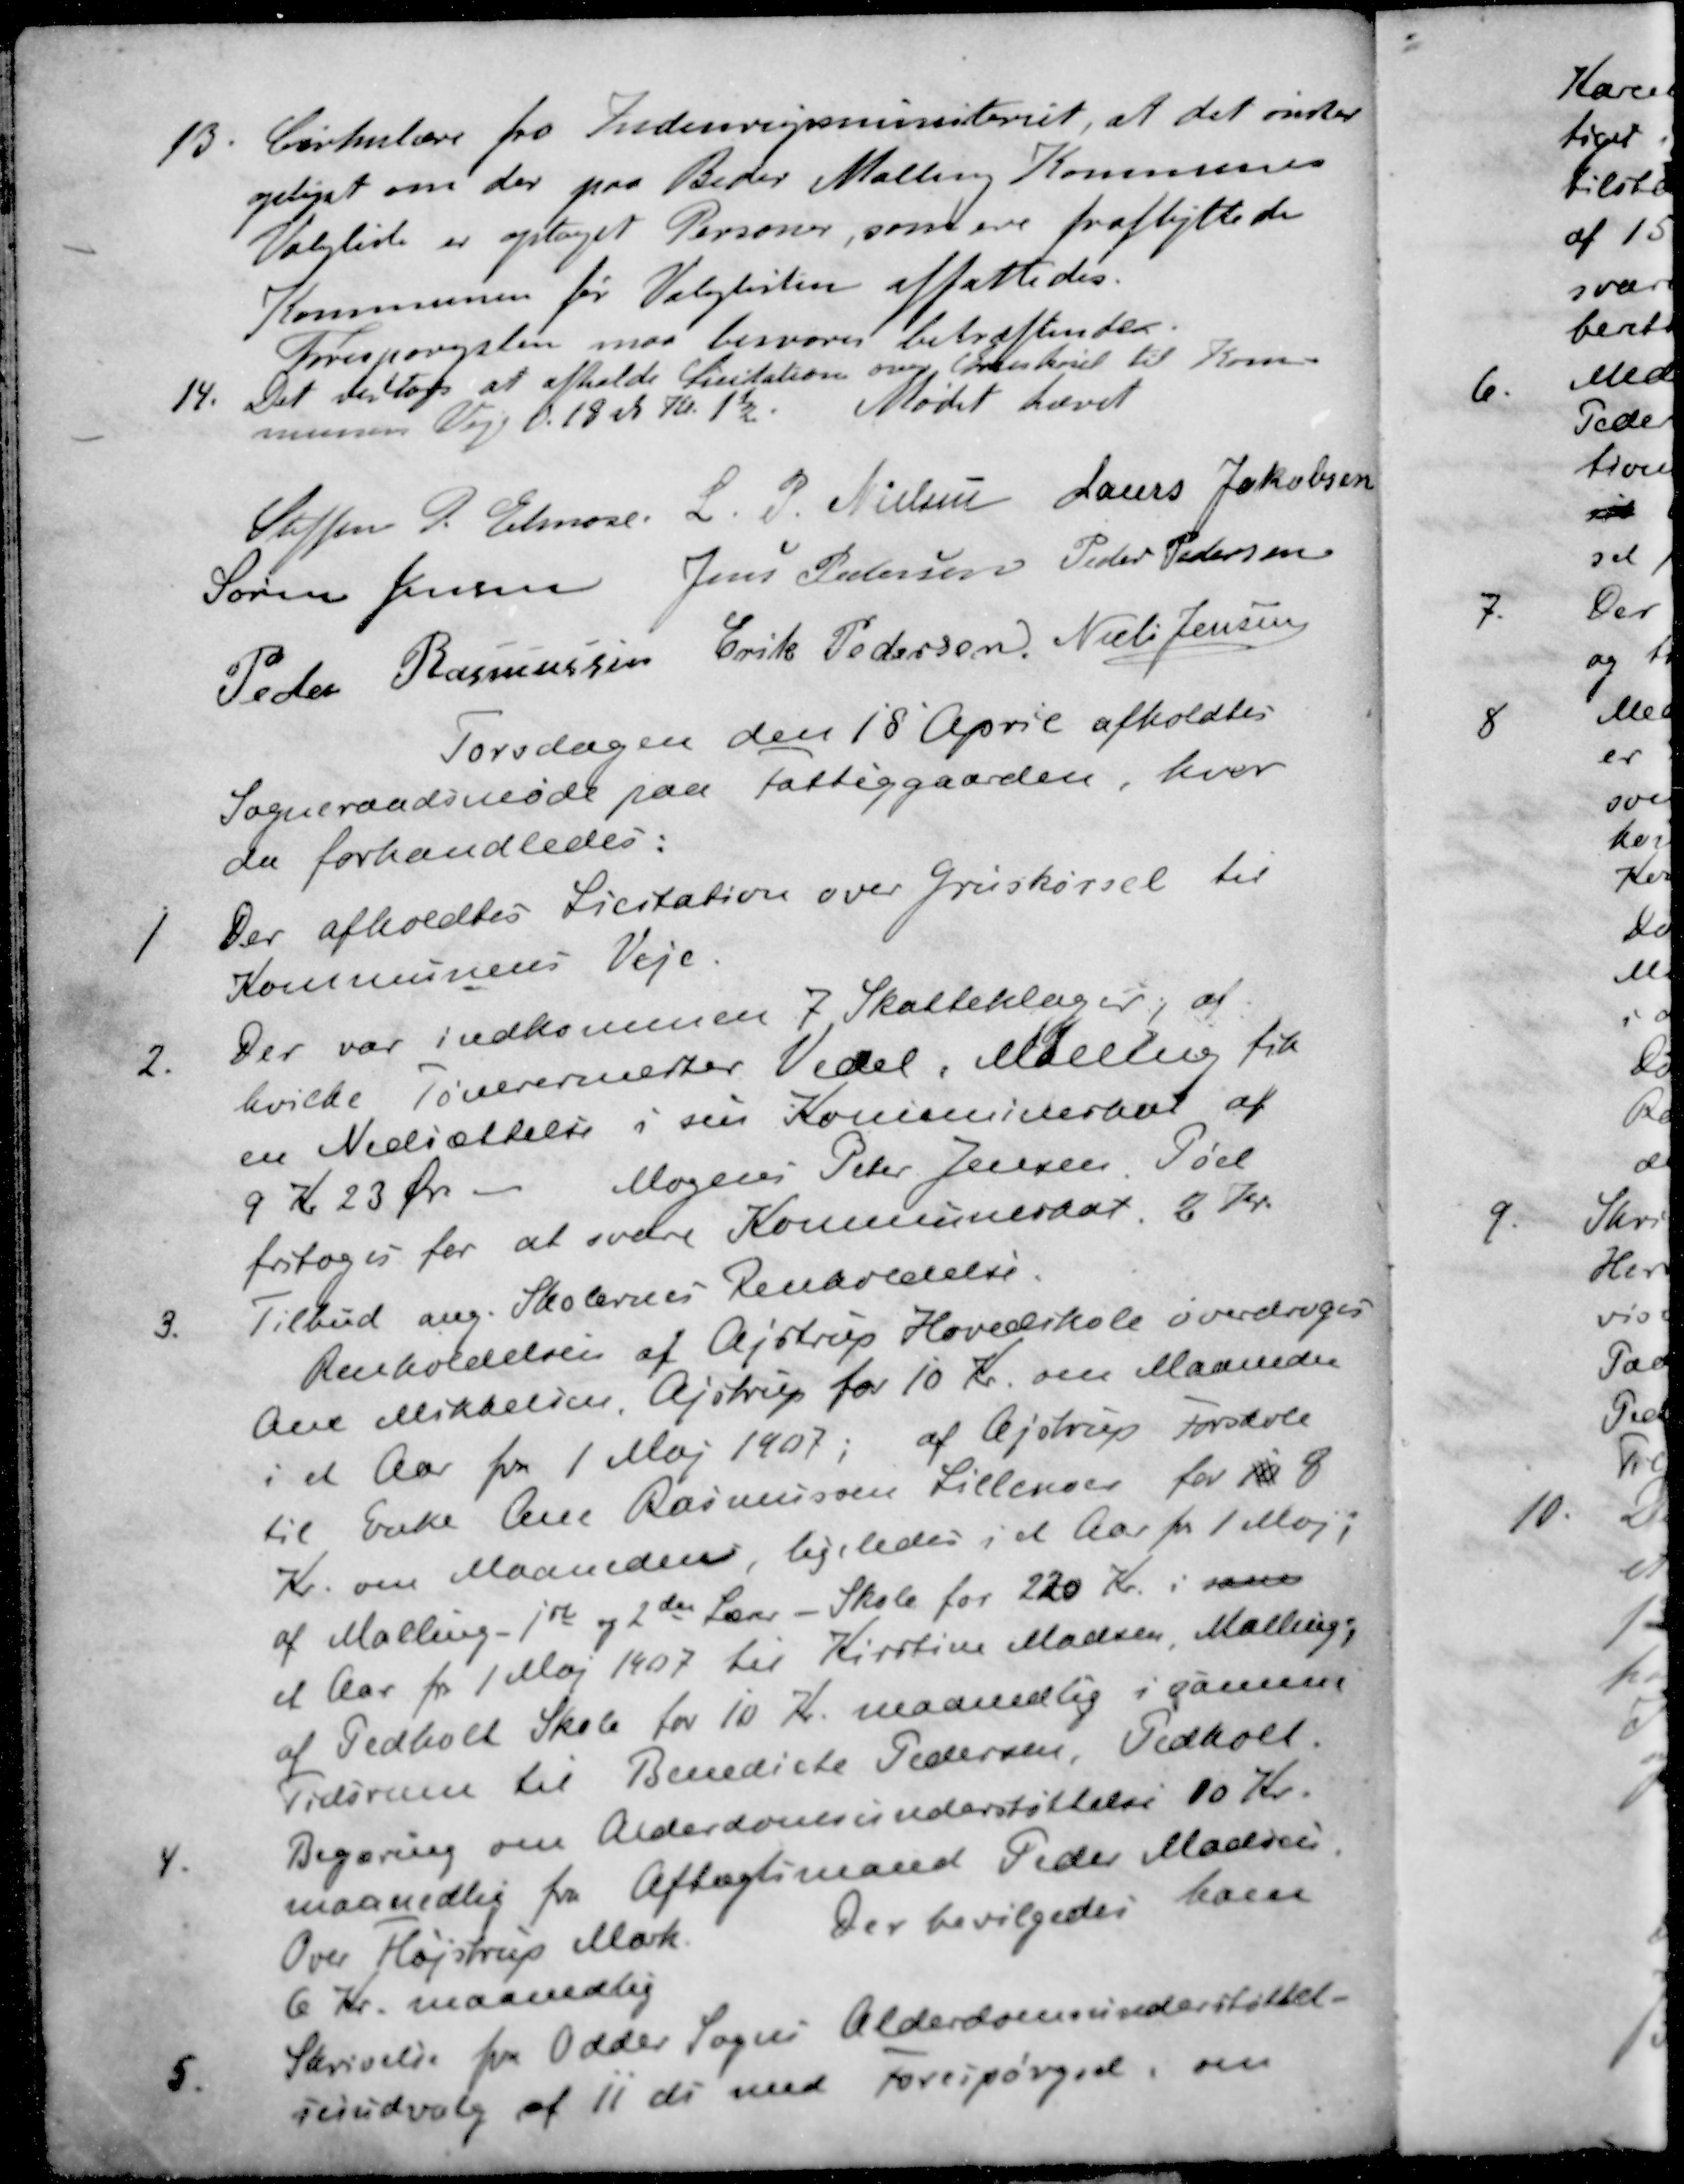
Transskription:
13. Cirkulære fra Indenrigsministeriet, at det ønsker
oplyst om der paa Beder Malling Kommunes
Valgliste er optaget Personer, som ere fraflyttede
Kommunen før Valglisten affattedes.
Forespørgslen maa besvares bekræftende
14. Det vedtoges at afholde Licitation over Gruskørsel til Kom-
munens Veje d. 18 ds Kl. 1½. Mødet hævet
Steffen P. Elmose
L. P. Nielsen
Laurs Jakobsen
Søren Jensen
Jens Pedersen
Peder Pedersen
Peder Rasmussen
Erik Pedersen
Niels Jensen
Torsdagen den 18 April afholdtes
Sogneraadsmøde paa fattiggaarden, hvor
der forhandledes:
1. Der afholdtes Licitation over Gruskørsel til
Kommunens Veje
2. Der var indkommen 7 Skatteklager, af
hvilke Tømrermester Vedel. Malling fik
en Nedsættelse i sin Kommuneskal af
9 Kr 23 Øre - Mogens Peter Jensen Pøel
fritoges for at svare Kommuneskat, 2 Kr.
3. Tilbud ang. Skolernes Renholdelse.
Renholdelsen af Ajstrup Hovedskole overdroges
Ane Mikkelsen, Astrup for 10 Kr. om Maaneder
i et Aar fra 1 Maj 1907; af Ajstrup forskole
til Enke Ane Rasmussen Lillenor for 10 8
Kr. om Maaneden, ligeledes i et Aar fra 1 Maj.
af Malling - 1ste og 2den Lærer - Skole for 220 Kr. i sam
et Aar for 1 Maj 1907 til Kirstine Madsen Mallinge
af Pedholt Skole for 10 Kr. maanedlig i samme
Tidsrum til Benedicte Pedersen, Pedkolt
4. Begæring om Alderdomsunderstøttelse 10 Kr.
maanedlig fra Aftægtsmand Peder Madsen
Over Fløjstrup Mark. Der bevilgedes ham
6 Kr. maanedlig
5. Skrivelse fra Odder Sogns Alderdomsunderstøttel-
sesudvalg af 11 ds med Forespørgsel, om